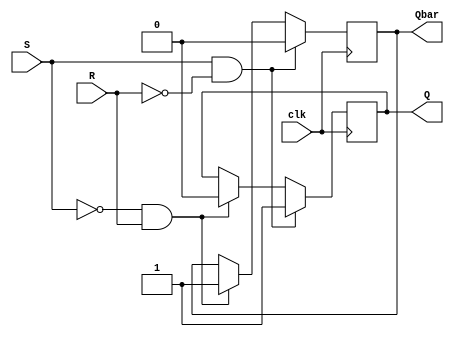
module Gated_SR_FlipFlop(
    input S, // Set input
    input R, // Reset input
    input clk, // Clock input
    output reg Q, // Output
    output reg Qbar // Inverse output
);

always @(posedge clk) begin
    if (S & !R) begin
        Q <= 1;
        Qbar <= 0;
    end else if (!S & R) begin
        Q <= 0;
        Qbar <= 1;
    end
end

endmodule